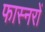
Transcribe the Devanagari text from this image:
फास्नरों